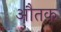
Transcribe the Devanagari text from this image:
औतक